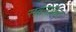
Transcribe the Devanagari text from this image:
सवनाकरा